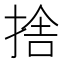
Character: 捨